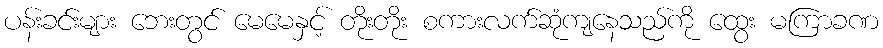
ပန်းခင်းများ ဘေးတွင် မေမေနှင့် တိုးတိုး စကားလက်ဆုံကျနေသည်ကို ထွေး မကြာခဏ